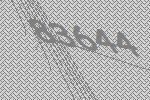
83644